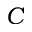
C